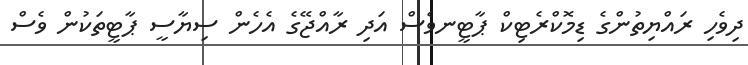
ދިވެހި ރައްޔިތުންގެ ޑިމޮކްރެޓިކް ޕާޓީނވެސް އަދި ރާއްޖޭގެ އެހެން ސިޔާސީ ޕާޓީތަކުން ވެސް